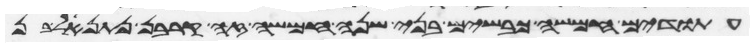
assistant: עתודים חמשה כבשים בני שנה חמשה זה קרבן נתנאל